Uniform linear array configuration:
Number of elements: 8
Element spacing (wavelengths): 0.75
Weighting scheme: hamming
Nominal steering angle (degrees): -45
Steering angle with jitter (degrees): -44.204
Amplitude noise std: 0.05
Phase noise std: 0.05

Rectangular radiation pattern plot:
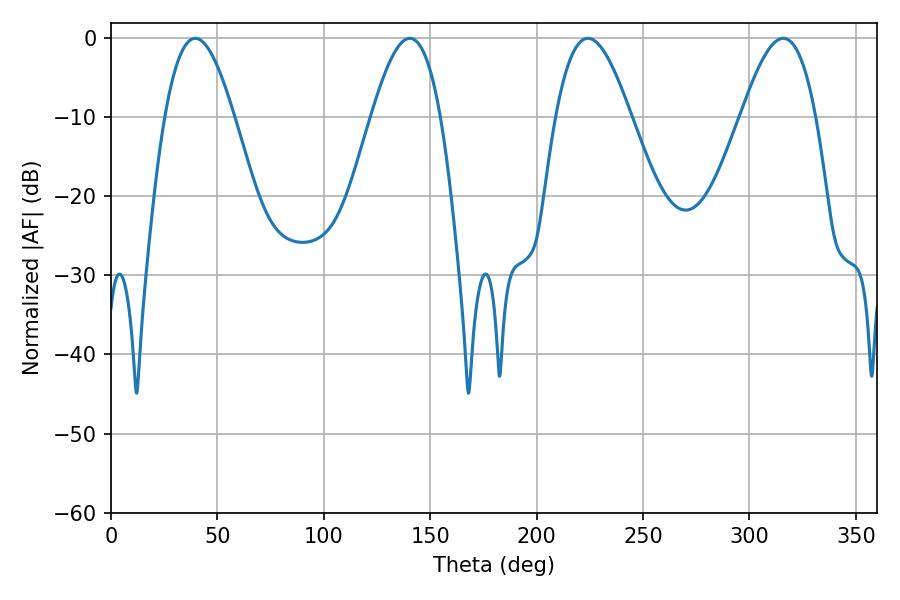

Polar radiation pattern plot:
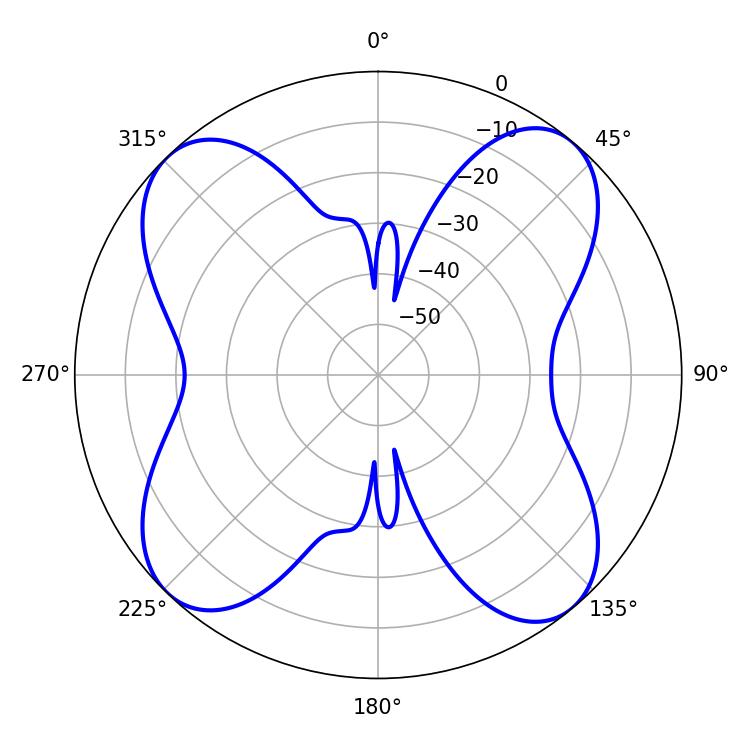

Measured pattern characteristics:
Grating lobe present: TRUE
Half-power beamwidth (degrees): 19.08
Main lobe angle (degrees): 224.1